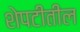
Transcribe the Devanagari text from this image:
शेपटीतील